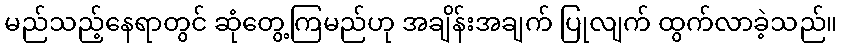
မည်သည့်နေရာတွင် ဆုံတွေ့ကြမည်ဟု အချိန်းအချက် ပြုလျက် ထွက်လာခဲ့သည်။